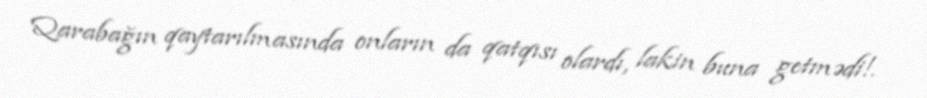
Qarabağın qaytarılmasında onların da qatqısı olardı, lakin buna getmədi!.